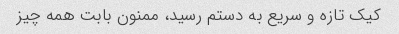
کیک تازه و سریع به دستم رسید، ممنون بابت همه چیز